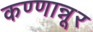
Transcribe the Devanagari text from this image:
कण्णान्नूर